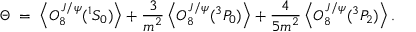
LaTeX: \Theta \; = \; \left\langle { \cal O } _ { 8 } ^ { J / \psi } ( { } ^ { 1 } S _ { 0 } ) \right\rangle + { \frac { \displaystyle 3 } { \displaystyle m ^ { 2 } } } \left\langle { \cal O } _ { 8 } ^ { J / \psi } ( { } ^ { 3 } P _ { 0 } ) \right\rangle + { \frac { \displaystyle 4 } { \displaystyle 5 m ^ { 2 } } } \left\langle { \cal O } _ { 8 } ^ { J / \psi } ( { } ^ { 3 } P _ { 2 } ) \right\rangle .